kultuurilooline_kollektsioon, lk 108
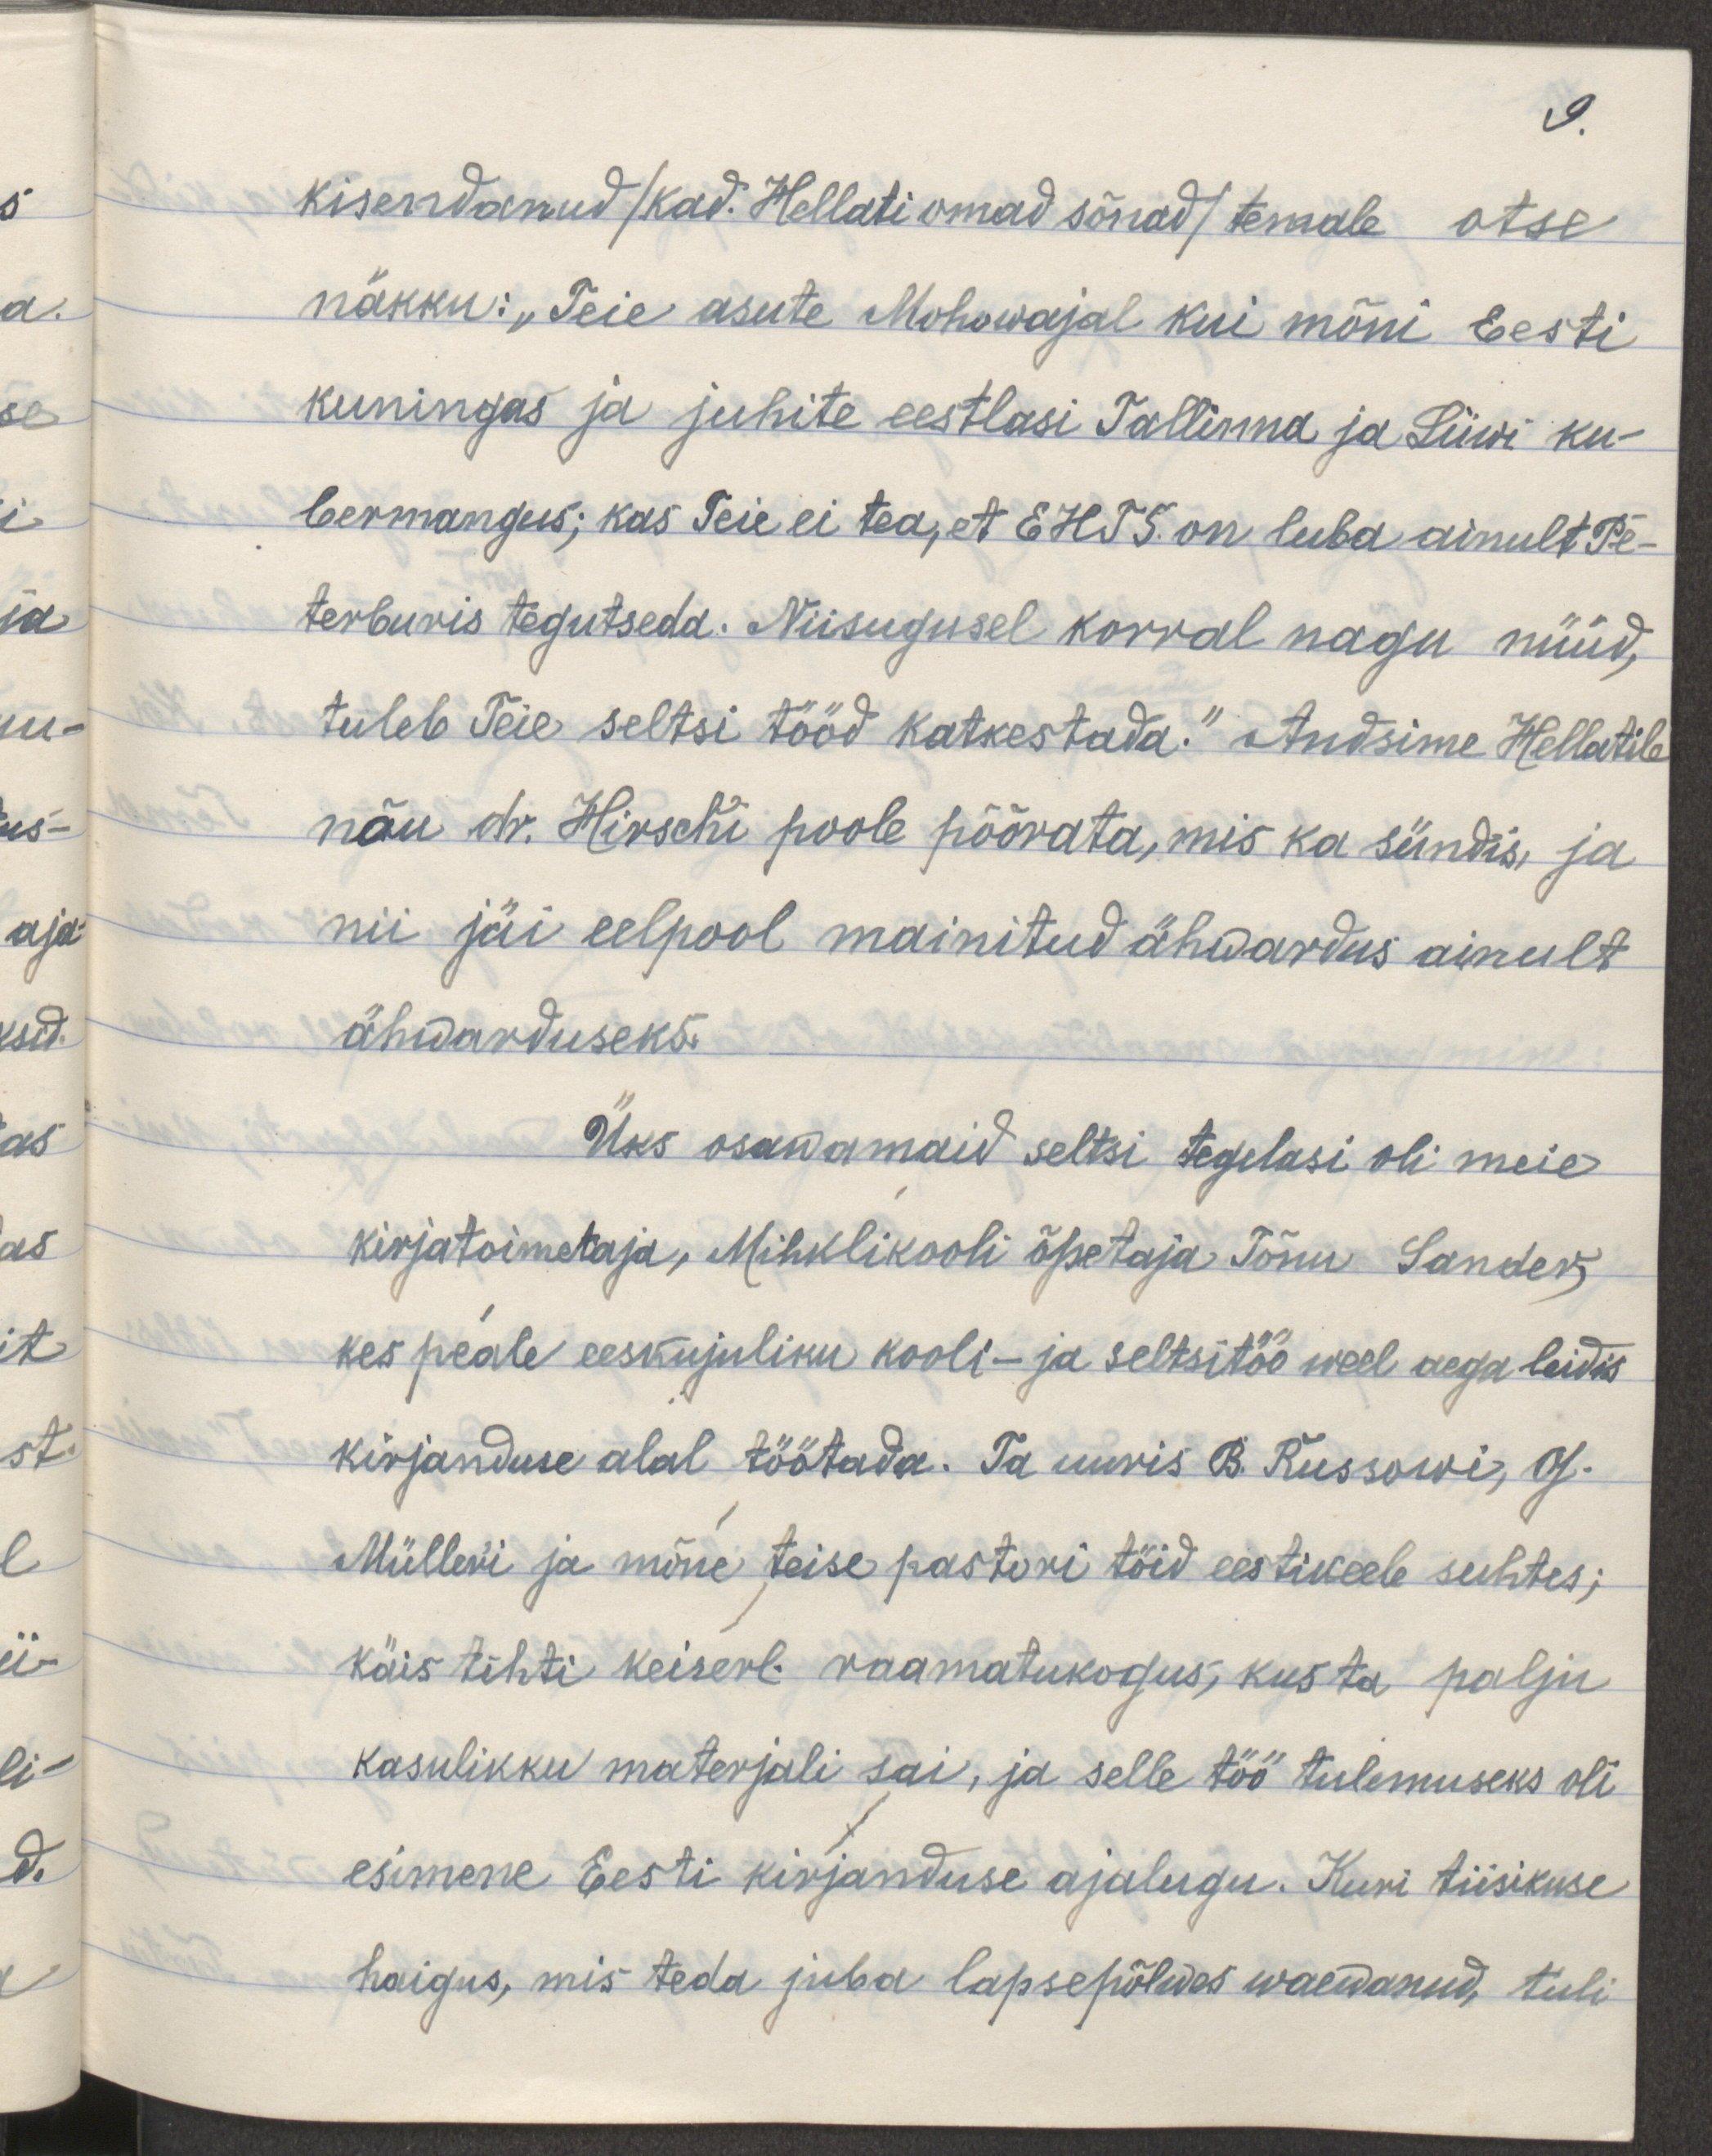
9.
kisendanud/ kad. Hellati omad sõnad/ temale otse
näkku: "Teie asute Mohowajal kui mõni Eesti
kuningas ja juhite eestlasi Tallinna ja Liiwi ku-
bermangus; kas Teie ei tea, et EHTS on luba ainult Pe-
terburis tegutseda. Niisugusel korral nagu nüüd,
tuleb Teie seltsi tööd katkestada." Andsime Hellatile
nõu dr. Hirschi poole pöörata, mis ka sündis, ja 
nii jäi eelpool mainitud ähwardus ainult
ähwarduseks.
Üks osawamaid seltsi tegelasi oli meie 
kirjatoimetaja, Mihklikooli õpetaja Tõnu Sander, 
kes peale eeskujuliku kooli- ja seltsitöö weel aega leidis
kirjanduse alal töötada. Ta uuris B. Russowi, G. 
Mülleri ja mõne teise pastori töid eestikeele suhtes;
käis tihti keiserl. raamatukogus; kus ta palju
kasulikku materjali sai, ja selle töö tulemuseks oli
esimene Eesti kirjanduse ajalugu. Kuni tiisikuse 
haigus, mis teda juba lapsepõlwes waewanud, tuli